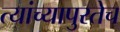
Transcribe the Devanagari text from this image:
त्यांच्यापुरतेच